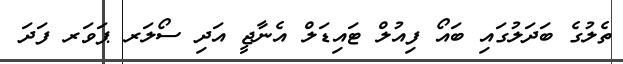
ތެލުގެ ބަދަލުގައި ބައޯ ފިއުލް ޓައިޑަލް އެނާޖީ އަދި ސޯލަރ ޕަވަރ ފަދަ